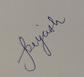
Signature authenticity: genuine